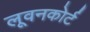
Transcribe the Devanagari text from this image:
लूवनकोर्ट